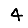
Digit: 4